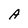
Character: A